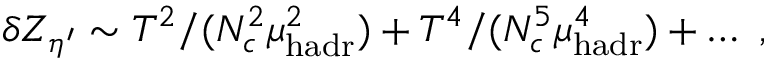
\delta Z _ { \eta ^ { \prime } } \sim T ^ { 2 } / ( N _ { c } ^ { 2 } \mu _ { \mathrm { h a d r } } ^ { 2 } ) + T ^ { 4 } / ( N _ { c } ^ { 5 } \mu _ { \mathrm { h a d r } } ^ { 4 } ) + \ldots \ ,